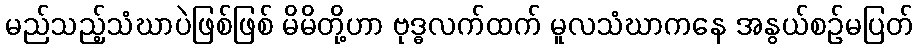
မည်သည့်သံဃာပဲဖြစ်ဖြစ် မိမိတို့ဟာ ဗုဒ္ဓလက်ထက် မူလသံဃာကနေ အနွယ်စဉ်မပြတ်